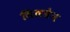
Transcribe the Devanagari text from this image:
सिलवेन